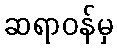
ဆရာဝန်မှ